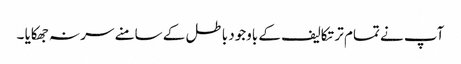
آپ نے تمام تر تکالیف کے باوجود باطل کے سامنے سر نہ جھکایا ۔